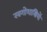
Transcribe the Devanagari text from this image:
खगोशास्त्रियों